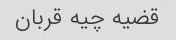
قضیه چیه قربان